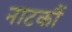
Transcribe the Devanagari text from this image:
नाटकौं